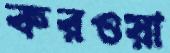
করওয়া